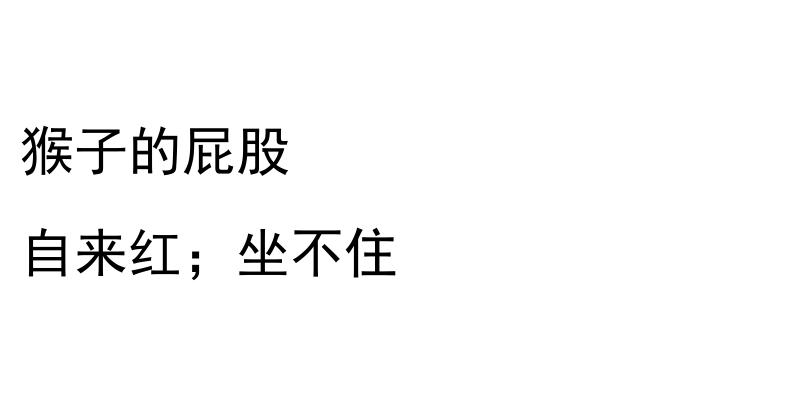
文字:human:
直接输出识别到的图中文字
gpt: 猴子的屁股 自来红；坐不住